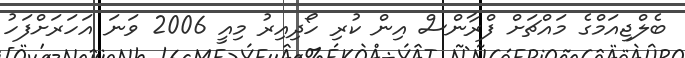
ބެލްޖިއަމްގެ މައްޗަށް ފްރާންސް އިން ކުރި ހޯދިއިރު މިއީ 2006 ވަނަ އަހަރަށްފަހު